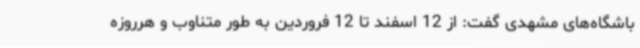
باشگاه‌های مشهدی گفت: از 12 اسفند تا 12 فروردین به طور متناوب و هرروزه